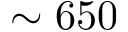
\sim 6 5 0